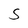
Character: S